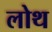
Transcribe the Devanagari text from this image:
लोथ